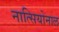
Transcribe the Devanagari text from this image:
नात्सियोनाल